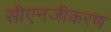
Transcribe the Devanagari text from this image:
सीएनजीकरण